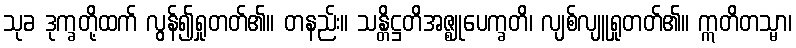
သုခ ဒုက္ခတို့ထက် လွန်၍ရှုတတ်၏။ တနည်း။ သန္တိဋ္ဌတိအဇ္ဈုပေက္ခတိ၊ လျစ်လျူရှုတတ်၏။ ဣတိတသ္မာ၊